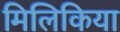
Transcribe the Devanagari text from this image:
मिलिकिया